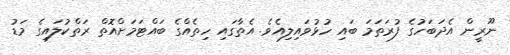
ނޫރީން އެދަބަހުގެ ފުރަތަމަ ބައި ހުޅުވައިލިއެވެ. އެތާގައި ހިތެއްގެ ބައްޓަމަށްއޮތް ރަތްކުލައިގެ މަޑު